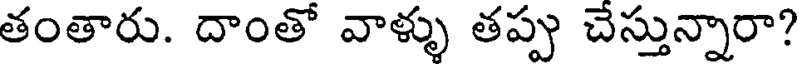
తంతారు. దాంతో వాళ్ళు తప్పు చేస్తున్నారా?